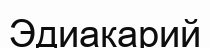
Эдиакарий